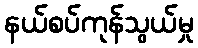
နယ်စပ်ကုန်သွယ်မှု